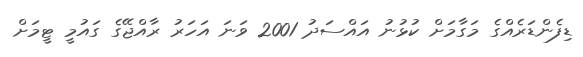
ޑިފެންޑަރެއްގެ މަގާމަށް ކުޅުނު އައްސަދު 2001 ވަނަ އަހަރު ރާއްޖޭގެ ގައުމީ ޓީމަށް